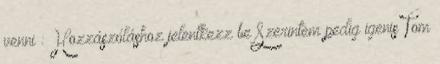
venni : Hozzászóláshoz jelentkezz be Szerintem pedig igenis Tom